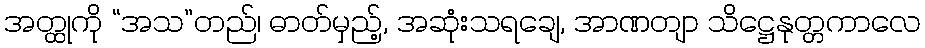
အတ္ထုကို “အသ”တည်၊ ဓာတ်မှည့်, အဆုံးသရချေ, အာဏတျာ သိဋ္ဌေနုတ္တကာလေ